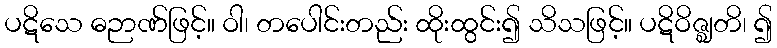
ပဋိသေ ဓဉာဏ်ဖြင့်။ ဝါ၊ တပေါင်းတည်း ထိုးထွင်း၍ သိသဖြင့်။ ပဋိဝိဇ္ဈတိ၊ ၍